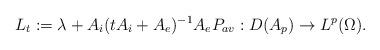
LaTeX: \begin{align*}L_t:=\lambda+A_i(tA_i+A_e)^{-1}A_eP_{av}:D(A_p)\to L^p(\Omega). \end{align*}